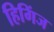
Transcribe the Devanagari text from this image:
हिगिंज